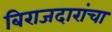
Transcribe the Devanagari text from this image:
बिराजदारांचा